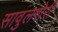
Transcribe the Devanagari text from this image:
सावुलगोरी